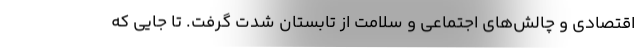
اقتصادی و چالش‌های اجتماعی و سلامت از تابستان شدت گرفت. تا جایی که